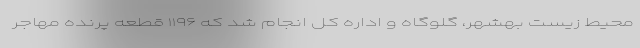
محیط زیست بهشهر، گلوگاه و اداره کل انجام شد که ۱۱۹۶ قطعه پرنده مهاجر